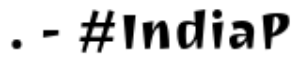
. - #IndiaP